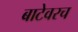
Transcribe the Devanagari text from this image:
बाटेवरच